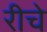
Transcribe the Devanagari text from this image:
रीचे